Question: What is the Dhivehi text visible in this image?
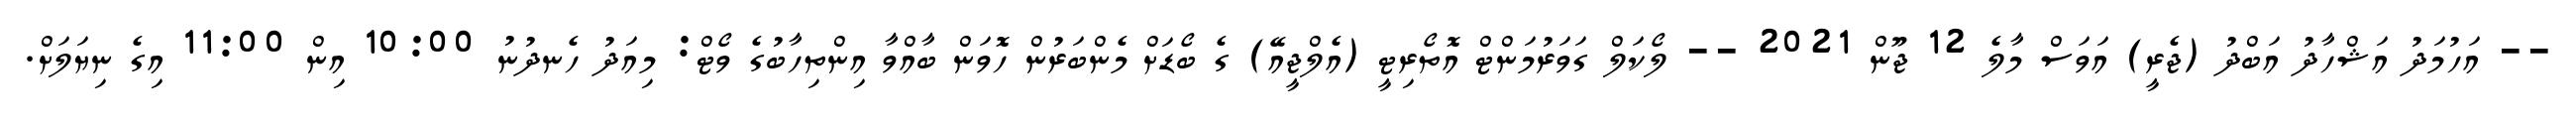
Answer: -- އަހުމަދު އަޝްހާދު އަބްދު (ޖެރީ) އަވަސް މާލެ 12 ޖޫން 2021 -- ލޯކަލް ގަވަރުމަންޓް އޮތޯރިޓީ (އެލްޖީއޭ) ގެ ބޯޑަށް މެންބަރުން ހޮވަން ބާއްވާ އިންތިހާބުގެ ވޯޓް: މިއަދު ހެނދުނު 10:00 އިން 11:00 އިގެ ނިޔަލަށް.